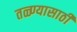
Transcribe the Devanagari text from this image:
तळ्ण्यासाठी